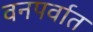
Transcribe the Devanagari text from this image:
वनपर्वात